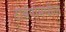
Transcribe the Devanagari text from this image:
टोबॅगोमधील